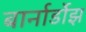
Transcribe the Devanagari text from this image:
बार्नार्डोझ